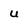
Character: u